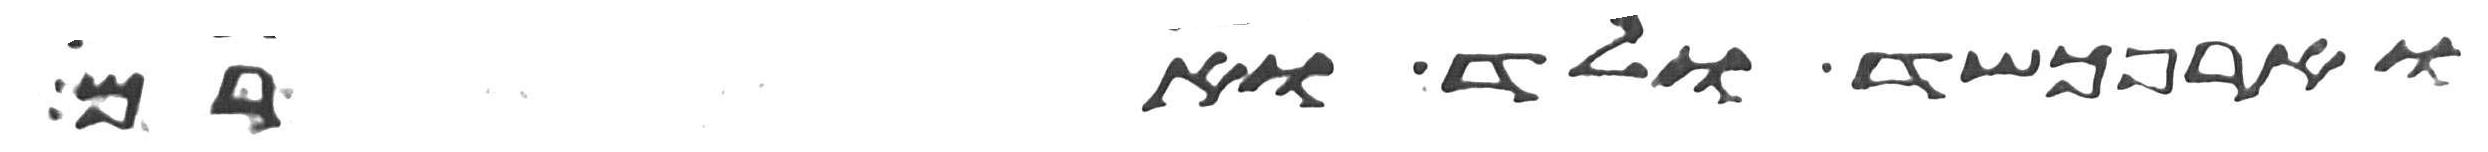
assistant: וארפכשד ולד וארם